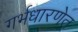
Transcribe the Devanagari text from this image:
गर्भधारणेत